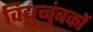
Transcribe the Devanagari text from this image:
विद्युच्चुंबकों